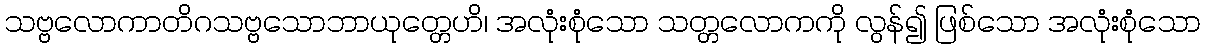
သဗ္ဗလောကာတိဂသဗ္ဗသောဘာယုတ္တေဟိ၊ အလုံးစုံသော သတ္တလောကကို လွန်၍ ဖြစ်သော အလုံးစုံသော